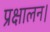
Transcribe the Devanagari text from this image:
प्रक्षालन।